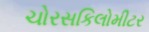
ચોરસકિલોમીટર